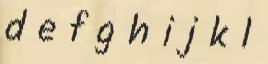
d e f g h i j k l